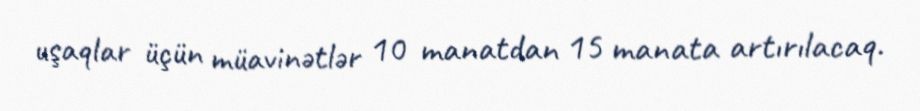
uşaqlar üçün müavinətlər 10 manatdan 15 manata artırılacaq.